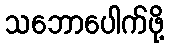
သဘောပေါက်ဖို့